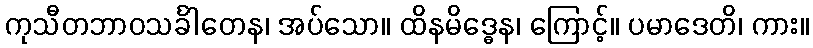
ကုသီတဘာဝသင်္ခါတေန၊ အပ်သော။ ထိနမိဒ္ဓေန၊ ကြောင့်။ ပမာဒေတိ၊ ကား။